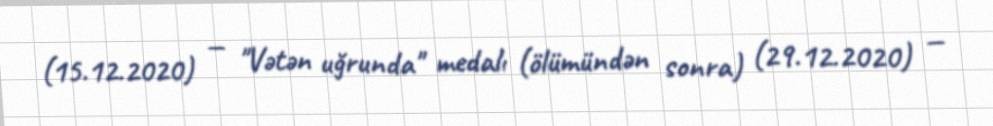
(15.12.2020) — "Vətən uğrunda" medalı (ölümündən sonra) (29.12.2020) —